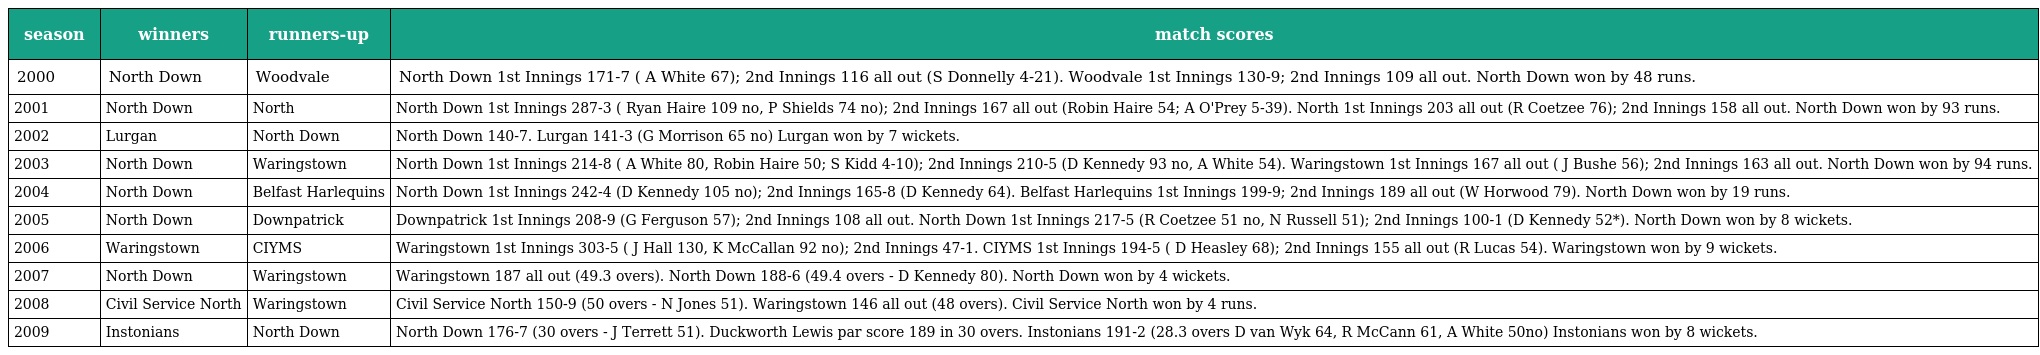
| season | winners | runners-up | match scores |
 | --- | --- | --- | --- |
 | 2000 | North Down | Woodvale | North Down 1st Innings 171-7 ( A White 67); 2nd Innings 116 all out (S Donnelly 4-21). Woodvale 1st Innings 130-9; 2nd Innings 109 all out. North Down won by 48 runs. |
 | 2001 | North Down | North | North Down 1st Innings 287-3 ( Ryan Haire 109 no, P Shields 74 no); 2nd Innings 167 all out (Robin Haire 54; A O'Prey 5-39). North 1st Innings 203 all out (R Coetzee 76); 2nd Innings 158 all out. North Down won by 93 runs. |
 | 2002 | Lurgan | North Down | North Down 140-7. Lurgan 141-3 (G Morrison 65 no) Lurgan won by 7 wickets. |
 | 2003 | North Down | Waringstown | North Down 1st Innings 214-8 ( A White 80, Robin Haire 50; S Kidd 4-10); 2nd Innings 210-5 (D Kennedy 93 no, A White 54). Waringstown 1st Innings 167 all out ( J Bushe 56); 2nd Innings 163 all out. North Down won by 94 runs. |
 | 2004 | North Down | Belfast Harlequins | North Down 1st Innings 242-4 (D Kennedy 105 no); 2nd Innings 165-8 (D Kennedy 64). Belfast Harlequins 1st Innings 199-9; 2nd Innings 189 all out (W Horwood 79). North Down won by 19 runs. |
 | 2005 | North Down | Downpatrick | Downpatrick 1st Innings 208-9 (G Ferguson 57); 2nd Innings 108 all out. North Down 1st Innings 217-5 (R Coetzee 51 no, N Russell 51); 2nd Innings 100-1 (D Kennedy 52*). North Down won by 8 wickets. |
 | 2006 | Waringstown | CIYMS | Waringstown 1st Innings 303-5 ( J Hall 130, K McCallan 92 no); 2nd Innings 47-1. CIYMS 1st Innings 194-5 ( D Heasley 68); 2nd Innings 155 all out (R Lucas 54). Waringstown won by 9 wickets. |
 | 2007 | North Down | Waringstown | Waringstown 187 all out (49.3 overs). North Down 188-6 (49.4 overs - D Kennedy 80). North Down won by 4 wickets. |
 | 2008 | Civil Service North | Waringstown | Civil Service North 150-9 (50 overs - N Jones 51). Waringstown 146 all out (48 overs). Civil Service North won by 4 runs. |
 | 2009 | Instonians | North Down | North Down 176-7 (30 overs - J Terrett 51). Duckworth Lewis par score 189 in 30 overs. Instonians 191-2 (28.3 overs D van Wyk 64, R McCann 61, A White 50no) Instonians won by 8 wickets. |